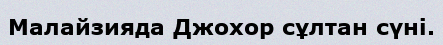
Малайзияда Джохор сұлтан сүні.